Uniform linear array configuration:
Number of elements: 64
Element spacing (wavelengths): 0.75
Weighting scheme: kaiser
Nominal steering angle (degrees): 0
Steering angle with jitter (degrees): -0.3616
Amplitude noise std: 0.05
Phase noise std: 0.05

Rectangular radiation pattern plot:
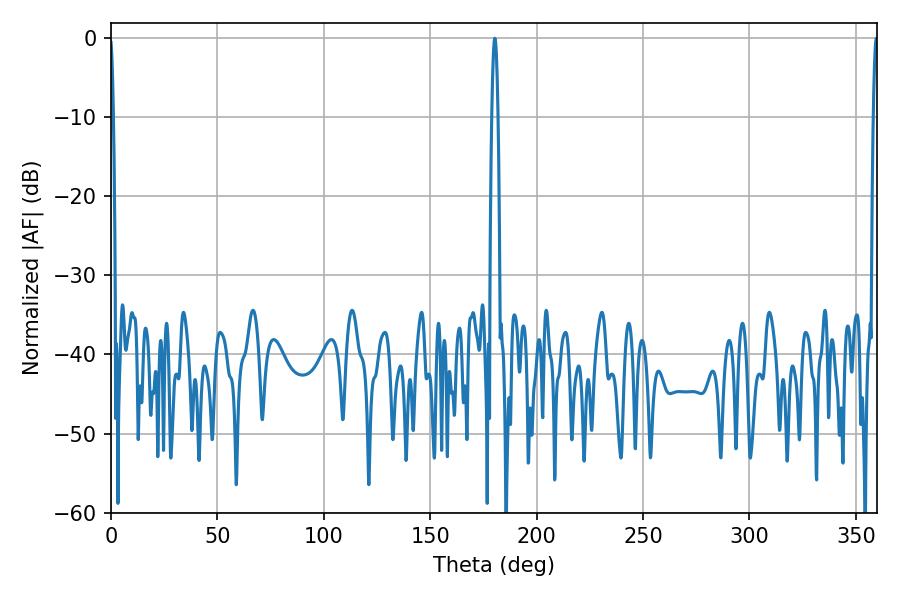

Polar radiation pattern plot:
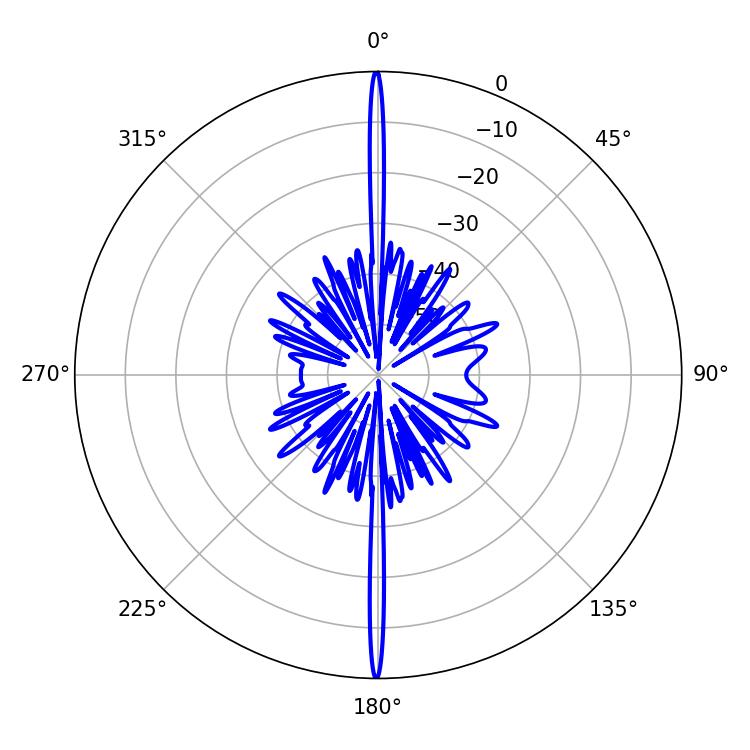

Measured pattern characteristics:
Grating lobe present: TRUE
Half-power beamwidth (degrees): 1.44
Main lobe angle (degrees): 180.36